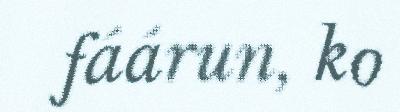
fáárun, ko